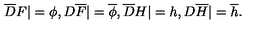
{ \overline { D } } F | = \phi , D { \overline { F } } | = { \overline { \phi } } , { \overline { D } } H | = h , D { \overline { H } } | = { \overline { h } } .